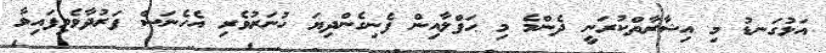
އަޅުގަނޑު މި އިޝާރާތްކުރަނީ ދެންމެ މި ޙަފްލާއިން ފެނިގެންދިޔަ ހުނަރުވެރި އެހެނަސް ފަރުދާވެވިފައިވާ